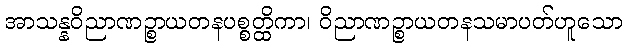
အာသန္နဝိညာဏဉ္စာယတနပစ္စတ္ထိကာ၊ ဝိညာဏဉ္စာယတနသမာပတ်ဟူသော